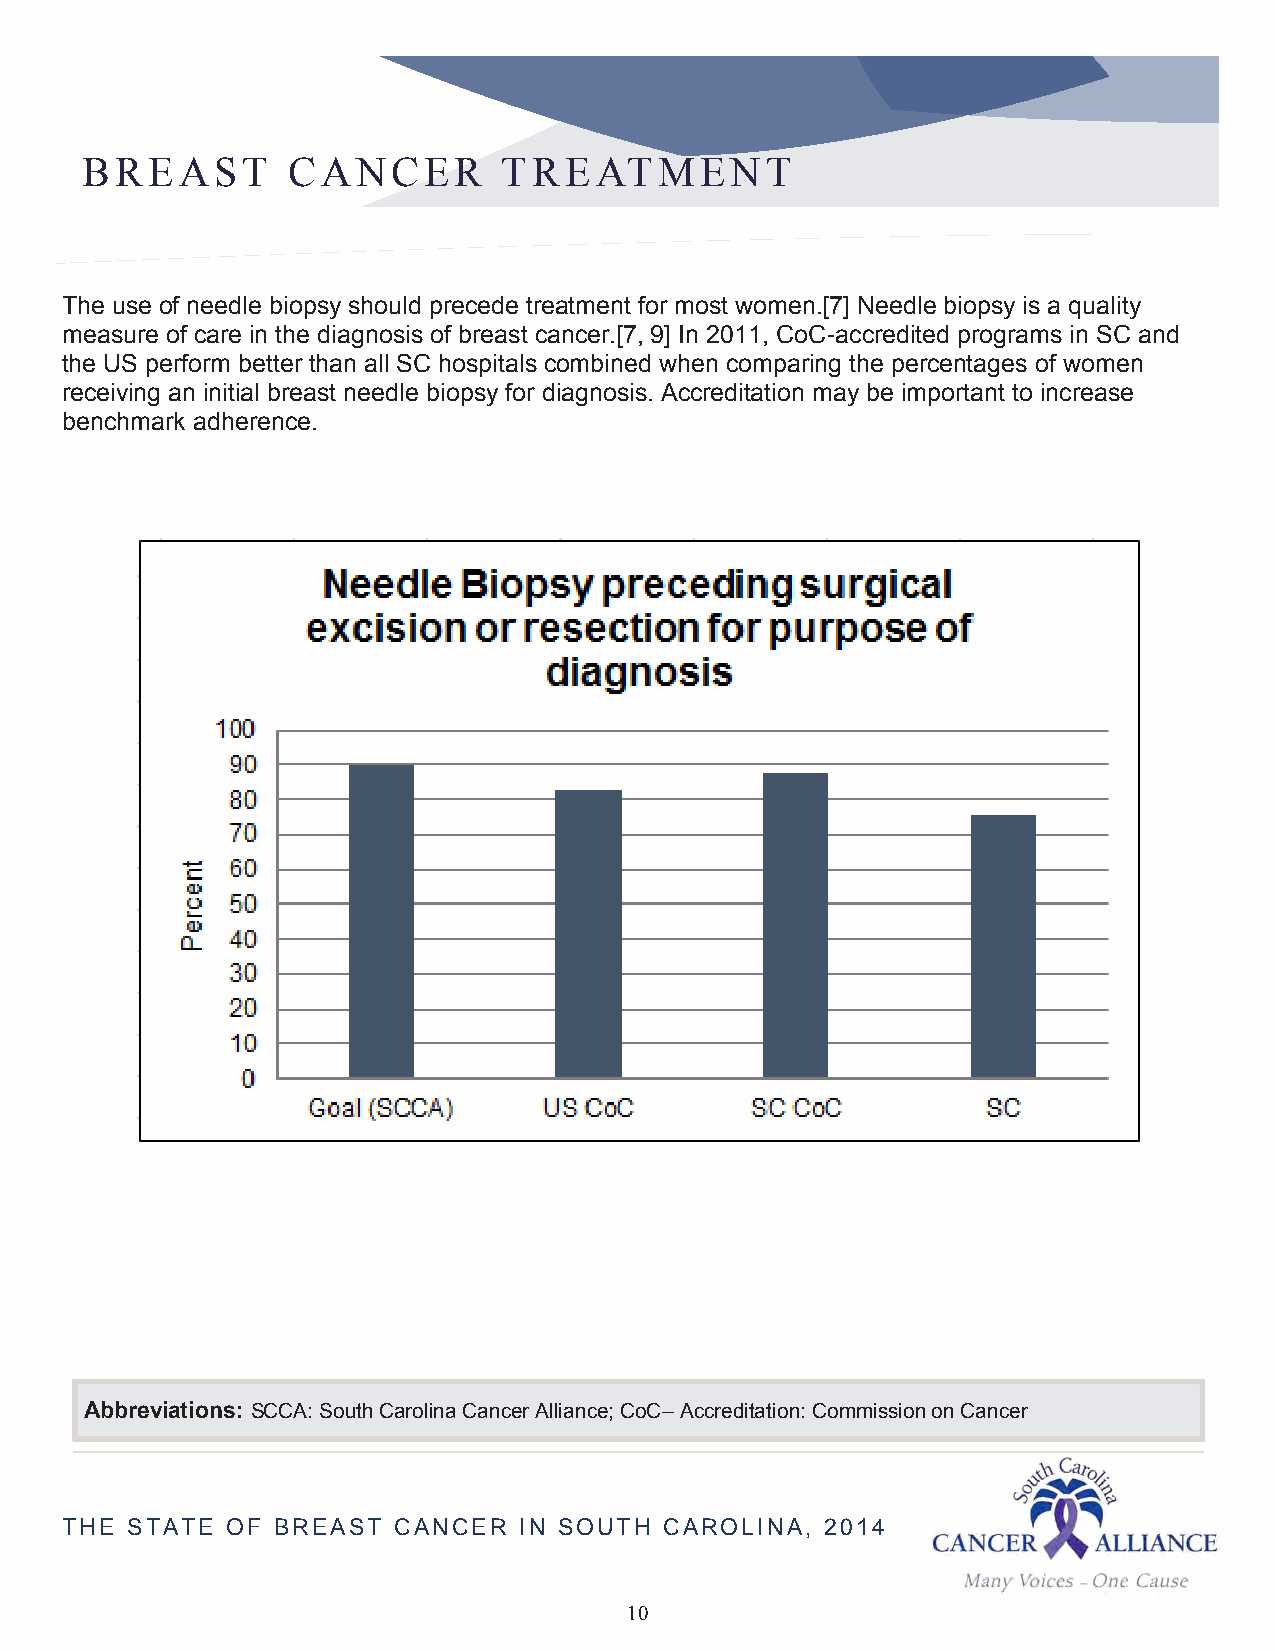
BREAST        CANCER        TREATMENT
 The use of needle biopsy should precede treatment for most women.[7] Needle biopsy is a quality
 measure of care in the diagnosis of breast cancer.[7, 9] In 2011, CoC-accredited programs in SC and
 the US perform better than all SC hospitals combined when comparing the percentages of women
 receiving an initial breast needle biopsy for diagnosis. Accreditation may be important to increase
 benchmark adherence.
 Abbreviations: SCCA: South Carolina Cancer Alliance; CoC– Accreditation: Commission on Cancer
 THE STATE  OF BREAST  CANCER  IN SOUTH  CAROLINA,  2014
 10